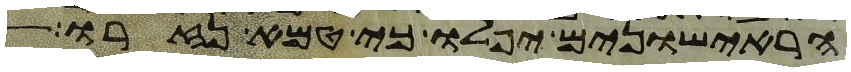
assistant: הראישונים יפלו כי טמא נזרו